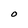
Character: O